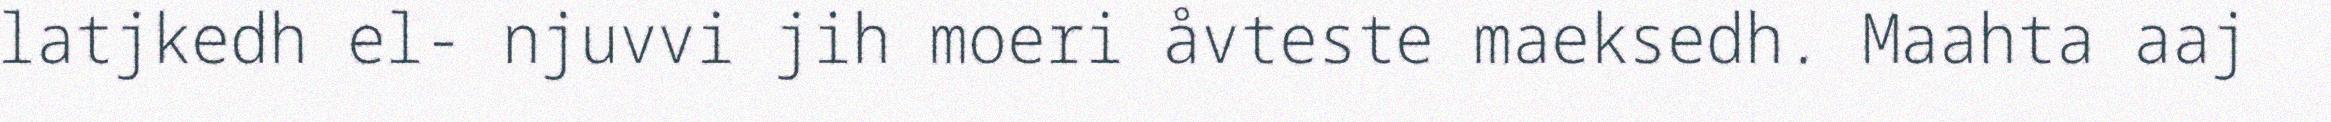
latjkedh el- njuvvi jih moeri åvteste maeksedh. Maahta aaj